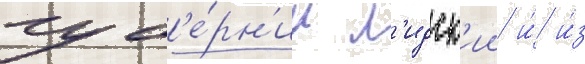
губ'е́рн'ии л'идск'ии и́ и́з